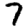
Digit: 7